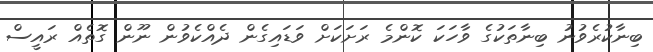
ބިނާކުރެވުނު ބިނާތަކުގެ ވާހަކަ ކޮންމެ ރަށަކަށް ވަޑައިގެން ދެއްކެވުން ނޫން ގޮތެއް ރައީސް